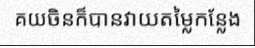
គយចិនក៏បានវាយតម្លៃកន្លែង